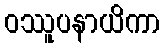
ဝဿူပနာယိကာ